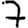
Digit: 7